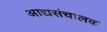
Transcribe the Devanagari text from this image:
आद्यसंचालक